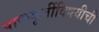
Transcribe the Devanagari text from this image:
पाककृतींविषयीची